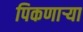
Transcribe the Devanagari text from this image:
पिकणाऱ्या